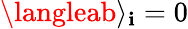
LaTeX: \langleab\rangle_{\mathbf{i}}=0